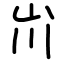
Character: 𡵅